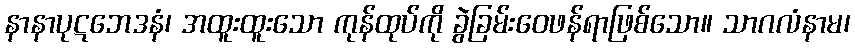
နာနာပုဋဘေဒနံ၊ အထူးထူးသော ကုန်ထုပ်ကို ခွဲခြမ်းဝေဖန်ရာဖြစ်သော။ သာဂလံနာမ၊